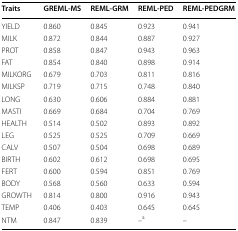
<table><thead><tr><td><b>Traits</b></td><td><b>GREML-MS</b></td><td><b>REML-GRM</b></td><td><b>REML-PED</b></td><td><b>REML-PEDGRM</b></td></tr></thead><tbody><tr><td>YIELD</td><td>0.860</td><td>0.845</td><td>0.923</td><td>0.941</td></tr><tr><td>MILK</td><td>0.872</td><td>0.844</td><td>0.887</td><td>0.927</td></tr><tr><td>PROT</td><td>0.858</td><td>0.847</td><td>0.943</td><td>0.963</td></tr><tr><td>FAT</td><td>0.854</td><td>0.840</td><td>0.898</td><td>0.914</td></tr><tr><td>MILKORG</td><td>0.679</td><td>0.703</td><td>0.811</td><td>0.816</td></tr><tr><td>MILKSP</td><td>0.719</td><td>0.715</td><td>0.748</td><td>0.840</td></tr><tr><td>LONG</td><td>0.630</td><td>0.606</td><td>0.884</td><td>0.881</td></tr><tr><td>MASTI</td><td>0.669</td><td>0.684</td><td>0.704</td><td>0.769</td></tr><tr><td>HEALTH</td><td>0.514</td><td>0.502</td><td>0.893</td><td>0.892</td></tr><tr><td>LEG</td><td>0.525</td><td>0.525</td><td>0.709</td><td>0.669</td></tr><tr><td>CALV</td><td>0.507</td><td>0.504</td><td>0.698</td><td>0.689</td></tr><tr><td>BIRTH</td><td>0.602</td><td>0.612</td><td>0.698</td><td>0.695</td></tr><tr><td>FERT</td><td>0.600</td><td>0.594</td><td>0.851</td><td>0.769</td></tr><tr><td>BODY</td><td>0.568</td><td>0.560</td><td>0.633</td><td>0.594</td></tr><tr><td>GROWTH</td><td>0.814</td><td>0.800</td><td>0.916</td><td>0.943</td></tr><tr><td>TEMP</td><td>0.406</td><td>0.403</td><td>0.645</td><td>0.645</td></tr><tr><td>NTM</td><td>0.847</td><td>0.839</td><td>–<sup>a</sup></td><td>–</td></tr></tbody></table>